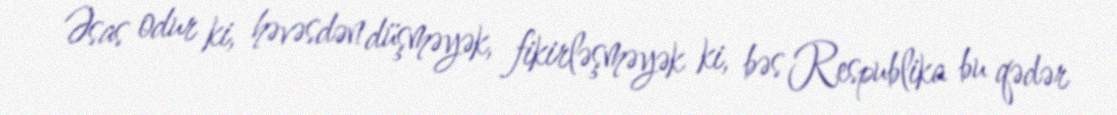
Əsas odur ki, həvəsdən düşməyək, fikirləşməyək ki, bəs Respublika bu qədər